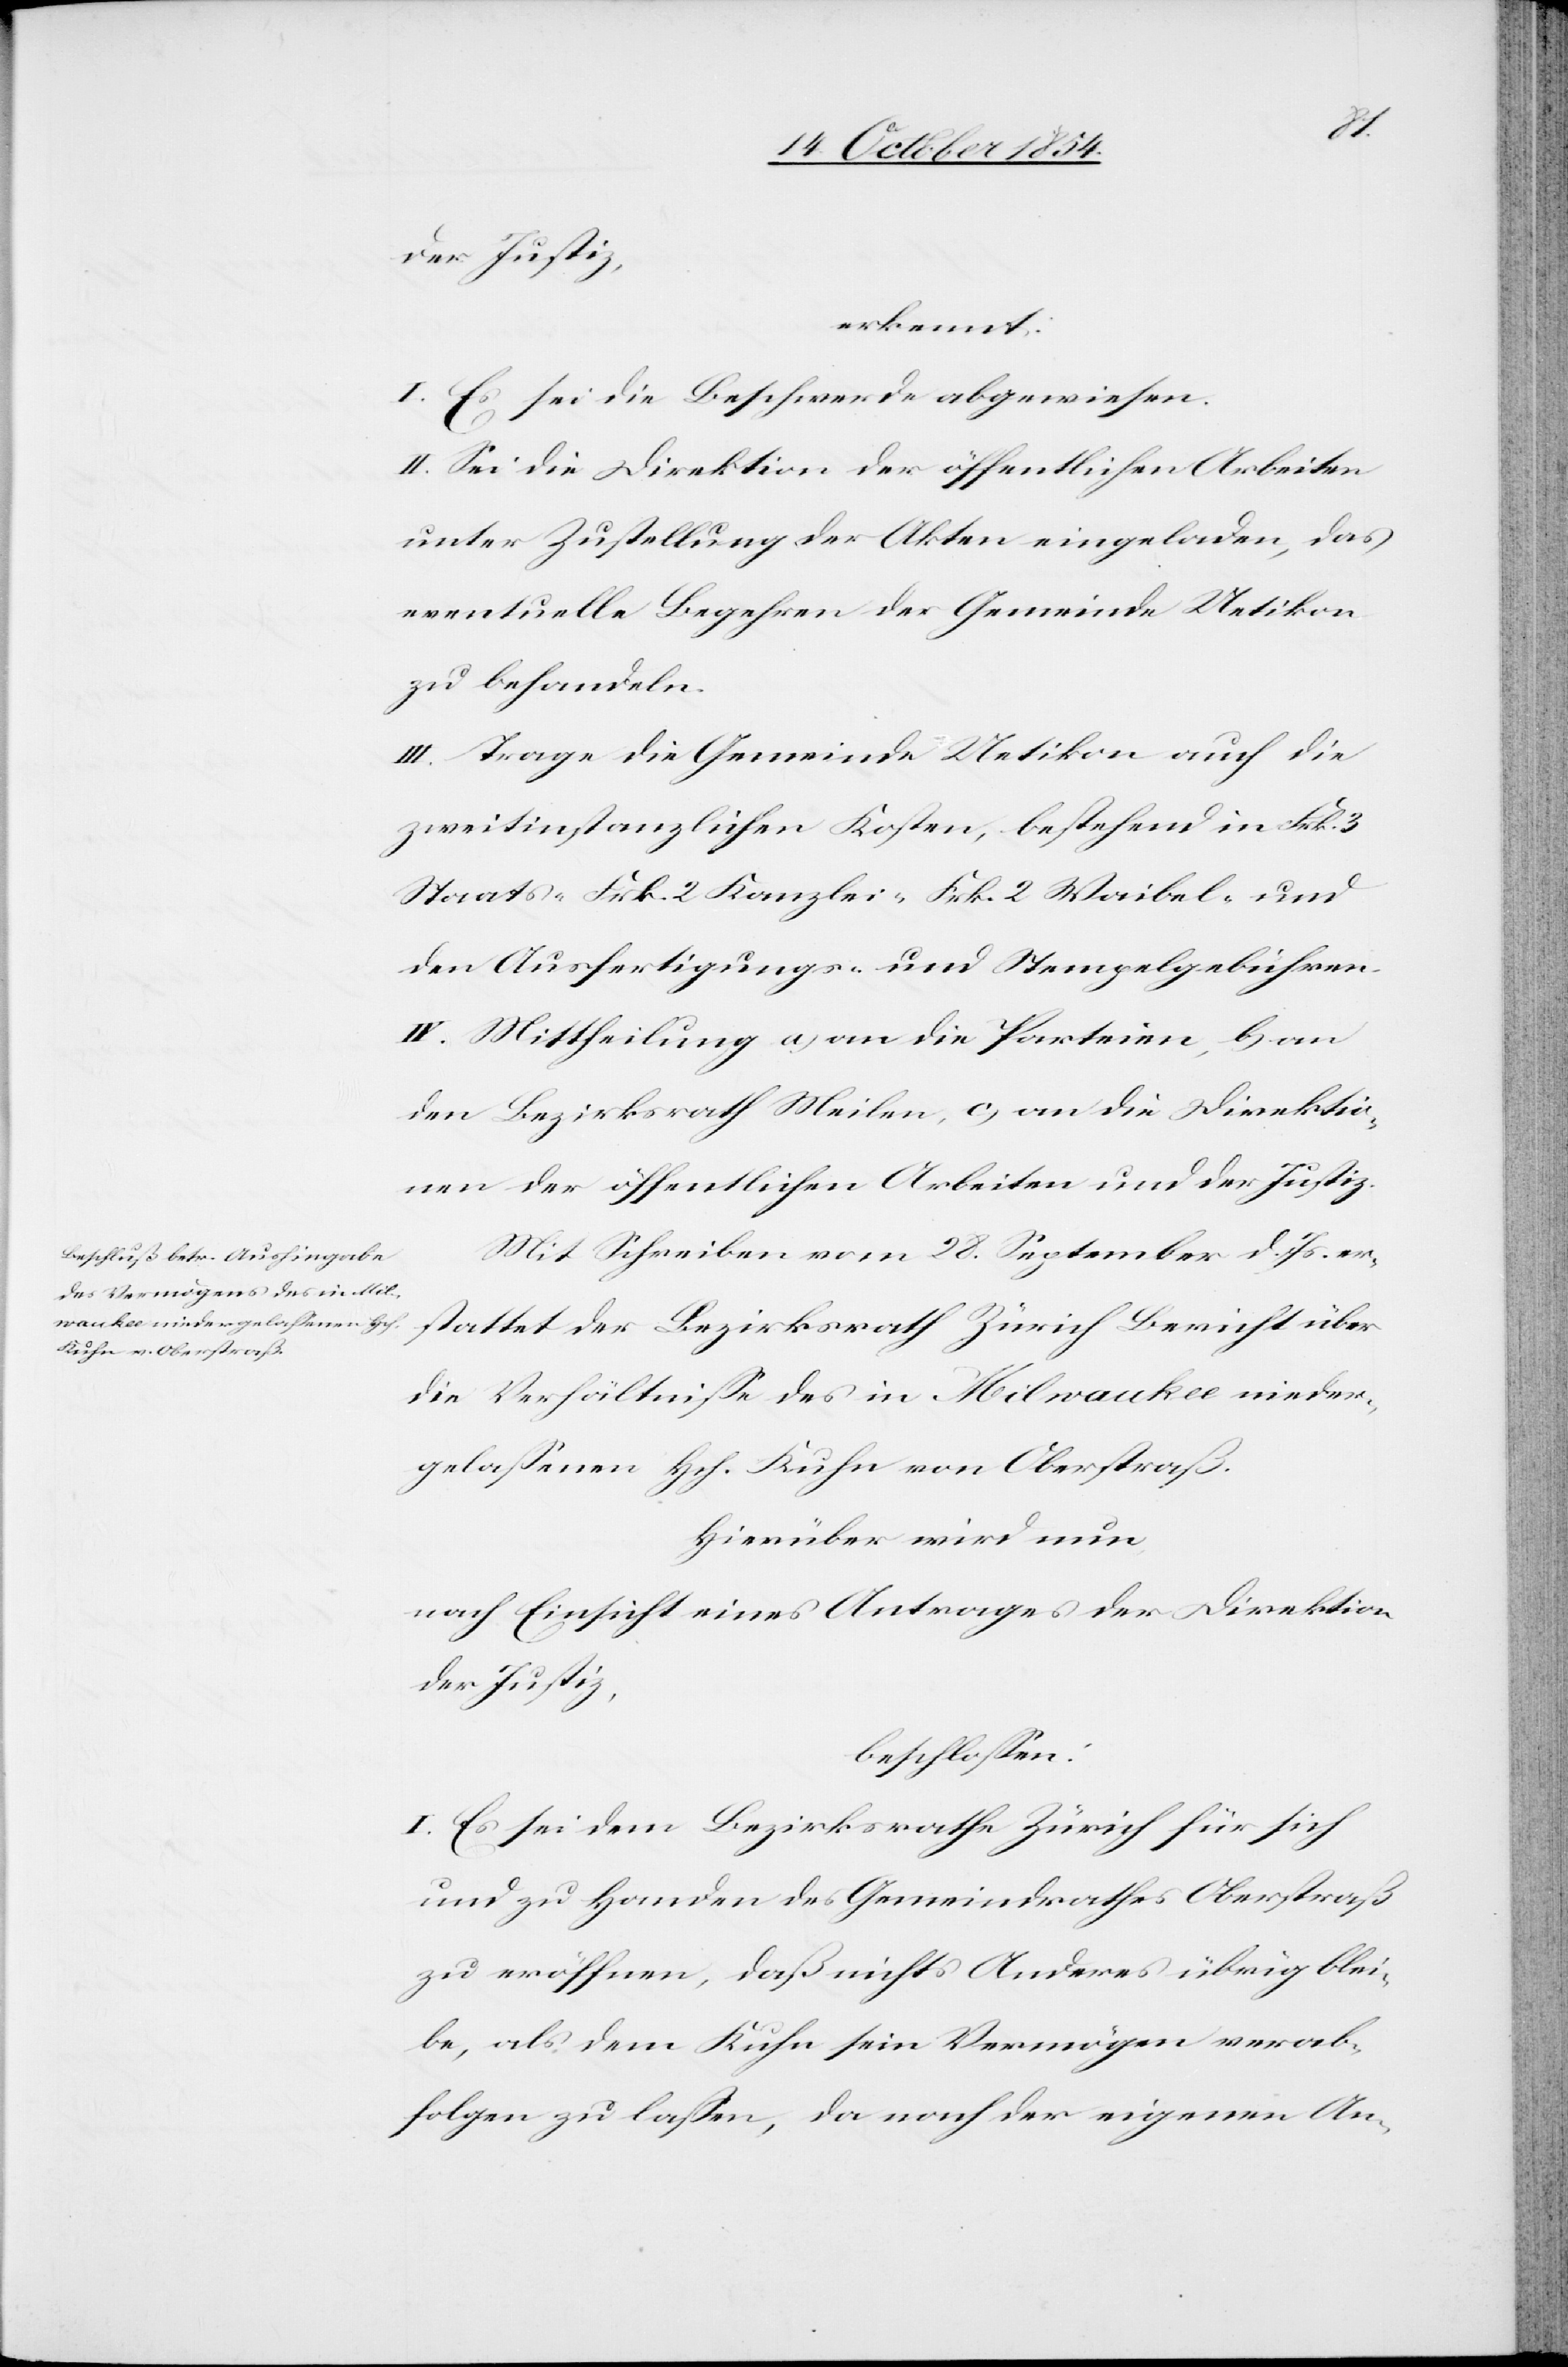
über
der Justiz,
erkennt:
I. Es sei die Beschwerde abgewiesen.
II. Sei die Direktion der öffentlichen Arbeiten
unter Zustellung der Akten eingeladen, das
eventuelle Begehren der Gemeinde Uetikon
zu behandeln.
III. Trage die Gemeinde Uetikon auch die
zweitinstanzlichen Kosten, bestehend in Frk. 3
Staats-[,] Frk. 2 Kanzlei-[,] Frk. 2 Waibel- und
den Ausfertigungs- und Stempelgebühren.
IV. Mittheilung a) an die Parteien, b) an
den Bezirksrath Meilen, b) an die Direktio¬
nen der öffentlichen Arbeiten und der Justiz.
Mit Schreiben vom 28. September d. Js. er¬
die Verhältniße des in Milwaukee nieder¬
gelaßenen Hch. Kuhn von Oberstraß.
Hierüber wird nun
nach Einsicht eines Antrages der Direktion
der Justiz,
beschloßen:
I. Es sei dem Bezirksrathe Zürich für sich
und zu Handen des Gemeindrathes Oberstraß
zu eröffnen, das nichts Anderes übrig blei¬
be, als dem Kuhn sein Vermögen verab¬
folgen zu laßen, da nach der eigenen An-